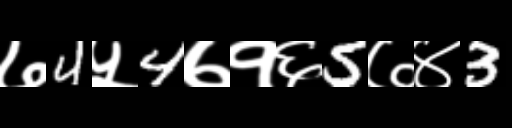
Text: ७4५4७१६5७४3